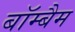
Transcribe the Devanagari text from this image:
बॉम्बैम